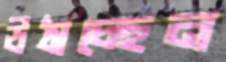
উঠাচ্ছেন